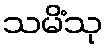
သမိံသု